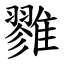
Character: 雡